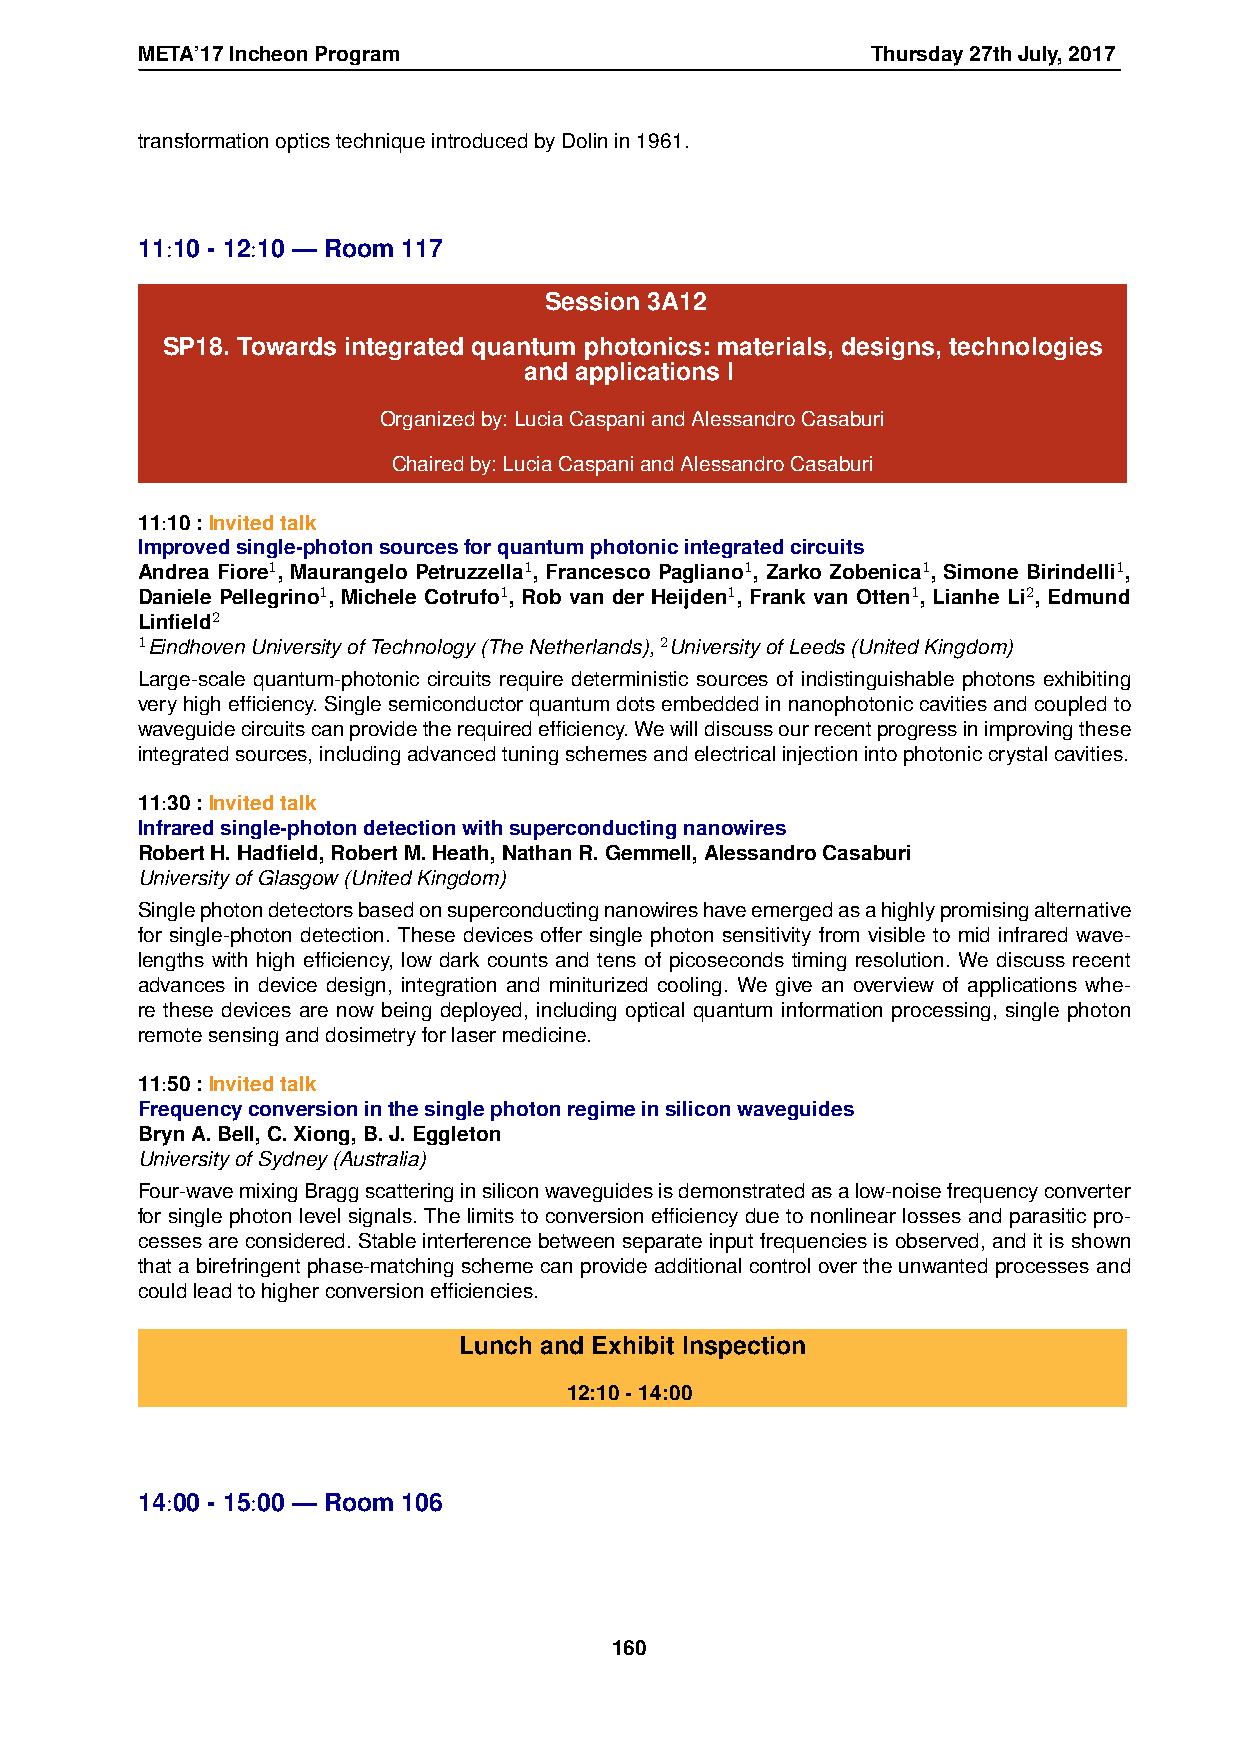
META’17IncheonProgram                            Thursday27thJuly,2017
 transformationopticstechniqueintroducedbyDolinin1961.
 11:10 - 12:10 — Room 117
 Session 3A12
 SP18. Towards integrated quantum photonics: materials, designs, technologies
 and applications I
 Organizedby:LuciaCaspaniandAlessandroCasaburi
 Chairedby:LuciaCaspaniandAlessandroCasaburi
 11:10:Invitedtalk
 Improvedsingle-photonsourcesforquantumphotonicintegratedcircuits
 Andrea Fiore1, Maurangelo Petruzzella1, Francesco Pagliano1, Zarko Zobenica1, Simone Birindelli1,
 Daniele Pellegrino1, Michele Cotrufo1, Rob van der Heijden1, Frank van Otten1, Lianhe Li2, Edmund
 Linfield2
 1EindhovenUniversityofTechnology(TheNetherlands),2UniversityofLeeds(UnitedKingdom)
 Large-scale quantum-photonic circuits require deterministic sources of indistinguishable photons exhibiting
 veryhighefficiency.Singlesemiconductorquantumdotsembeddedinnanophotoniccavitiesandcoupledto
 waveguidecircuitscanprovidetherequiredefficiency.Wewilldiscussourrecentprogressinimprovingthese
 integratedsources,includingadvancedtuningschemesandelectricalinjectionintophotoniccrystalcavities.
 11:30:Invitedtalk
 Infraredsingle-photondetectionwithsuperconductingnanowires
 RobertH.Hadfield,RobertM.Heath,NathanR.Gemmell,AlessandroCasaburi
 UniversityofGlasgow(UnitedKingdom)
 Singlephotondetectorsbasedonsuperconductingnanowireshaveemergedasahighlypromisingalternative
 for single-photon detection. These devices offer single photon sensitivity from visible to mid infrared wave-
 lengths with high efficiency, low dark counts and tens of picoseconds timing resolution. We discuss recent
 advances in device design, integration and miniturized cooling. We give an overview of applications whe-
 re these devices are now being deployed, including optical quantum information processing, single photon
 remotesensinganddosimetryforlasermedicine.
 11:50:Invitedtalk
 Frequencyconversioninthesinglephotonregimeinsiliconwaveguides
 BrynA.Bell,C.Xiong,B.J.Eggleton
 UniversityofSydney(Australia)
 Four-wavemixingBraggscatteringinsiliconwaveguidesisdemonstratedasalow-noisefrequencyconverter
 for single photon level signals. The limits to conversion efficiency due to nonlinear losses and parasitic pro-
 cessesareconsidered.Stableinterferencebetweenseparateinputfrequenciesisobserved,anditisshown
 that a birefringent phase-matching scheme can provide additional control over the unwanted processes and
 couldleadtohigherconversionefficiencies.
 Lunch and Exhibit Inspection
 12:10-14:00
 14:00 - 15:00 — Room 106
 160